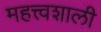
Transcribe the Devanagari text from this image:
महत्त्वशाली